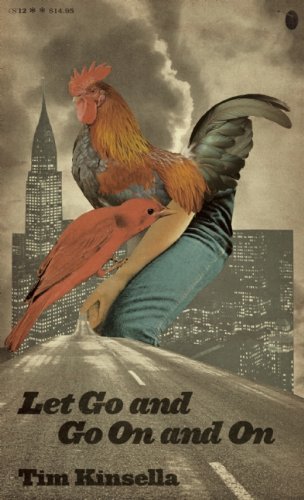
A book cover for Let Go and Go On and On: A Novel; Tim Kinsella; Literature & Fiction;